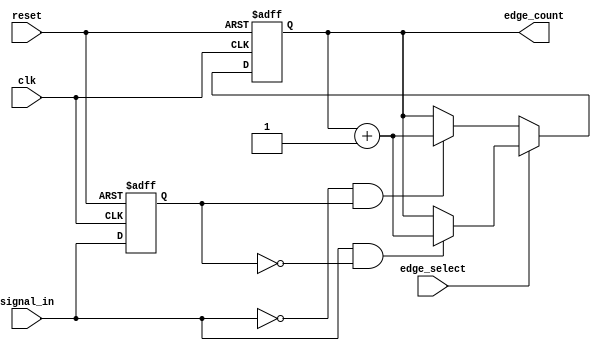
module edge_counter (
    input wire clk,               // Clock input
    input wire reset,             // Asynchronous reset
    input wire signal_in,         // Input signal to monitor
    input wire edge_select,       // Edge selection (1 for rising, 0 for falling)
    output reg [31:0] edge_count  // Edge count output
);

    reg signal_in_prev;           // Register to hold the previous state of signal_in

    // Asynchronous reset and edge detection logic
    always @(posedge clk or posedge reset) begin
        if (reset) begin
            edge_count <= 32'b0;   // Reset edge count to zero
            signal_in_prev <= 1'b0; // Initialize previous state
        end else begin
            // Edge detection logic
            if (edge_select) begin
                // Count rising edges
                if (signal_in && !signal_in_prev) begin
                    edge_count <= edge_count + 1; // Increment count on rising edge
                end
            end else begin
                // Count falling edges
                if (!signal_in && signal_in_prev) begin
                    edge_count <= edge_count + 1; // Increment count on falling edge
                end
            end
            
            // Update previous state
            signal_in_prev <= signal_in;
        end
    end

endmodule